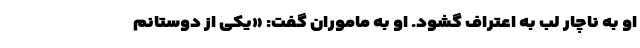
او به ناچار لب به اعتراف گشود. او به ماموران گفت: «یکی از دوستانم